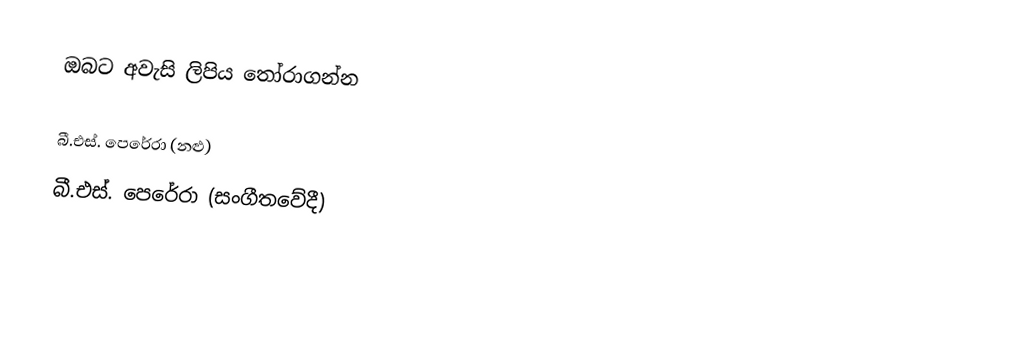
ඔබට අවැසි ලිපිය තෝරාගන්න

බී.එස්. පෙරේරා (නළු)
බී.එස්. පෙරේරා (සංගීතවේදී)